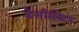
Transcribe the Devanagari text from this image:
डेसीलिटर